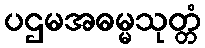
ပဌမအဓမ္မသုတ္တံ